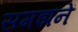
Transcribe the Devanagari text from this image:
समझनें